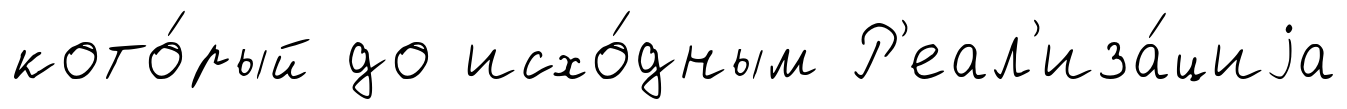
кото́рый до исхо́дным Р'еал'иза́циjа